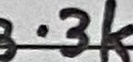
Text: 3.3k